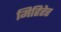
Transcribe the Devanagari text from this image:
मिहिरेर